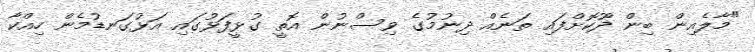
"މާލެއިން ބިން ދޫކޮށްފައި ތަނެއް ދިނުމުގެ ވިސްނުން އޮތީ ގުޅީފަޅުގައި އަޅުގަނޑުމެން ހިއްކާ